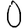
Digit: 0